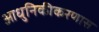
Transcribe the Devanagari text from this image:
आधुनिकीकरणास